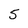
Character: 5